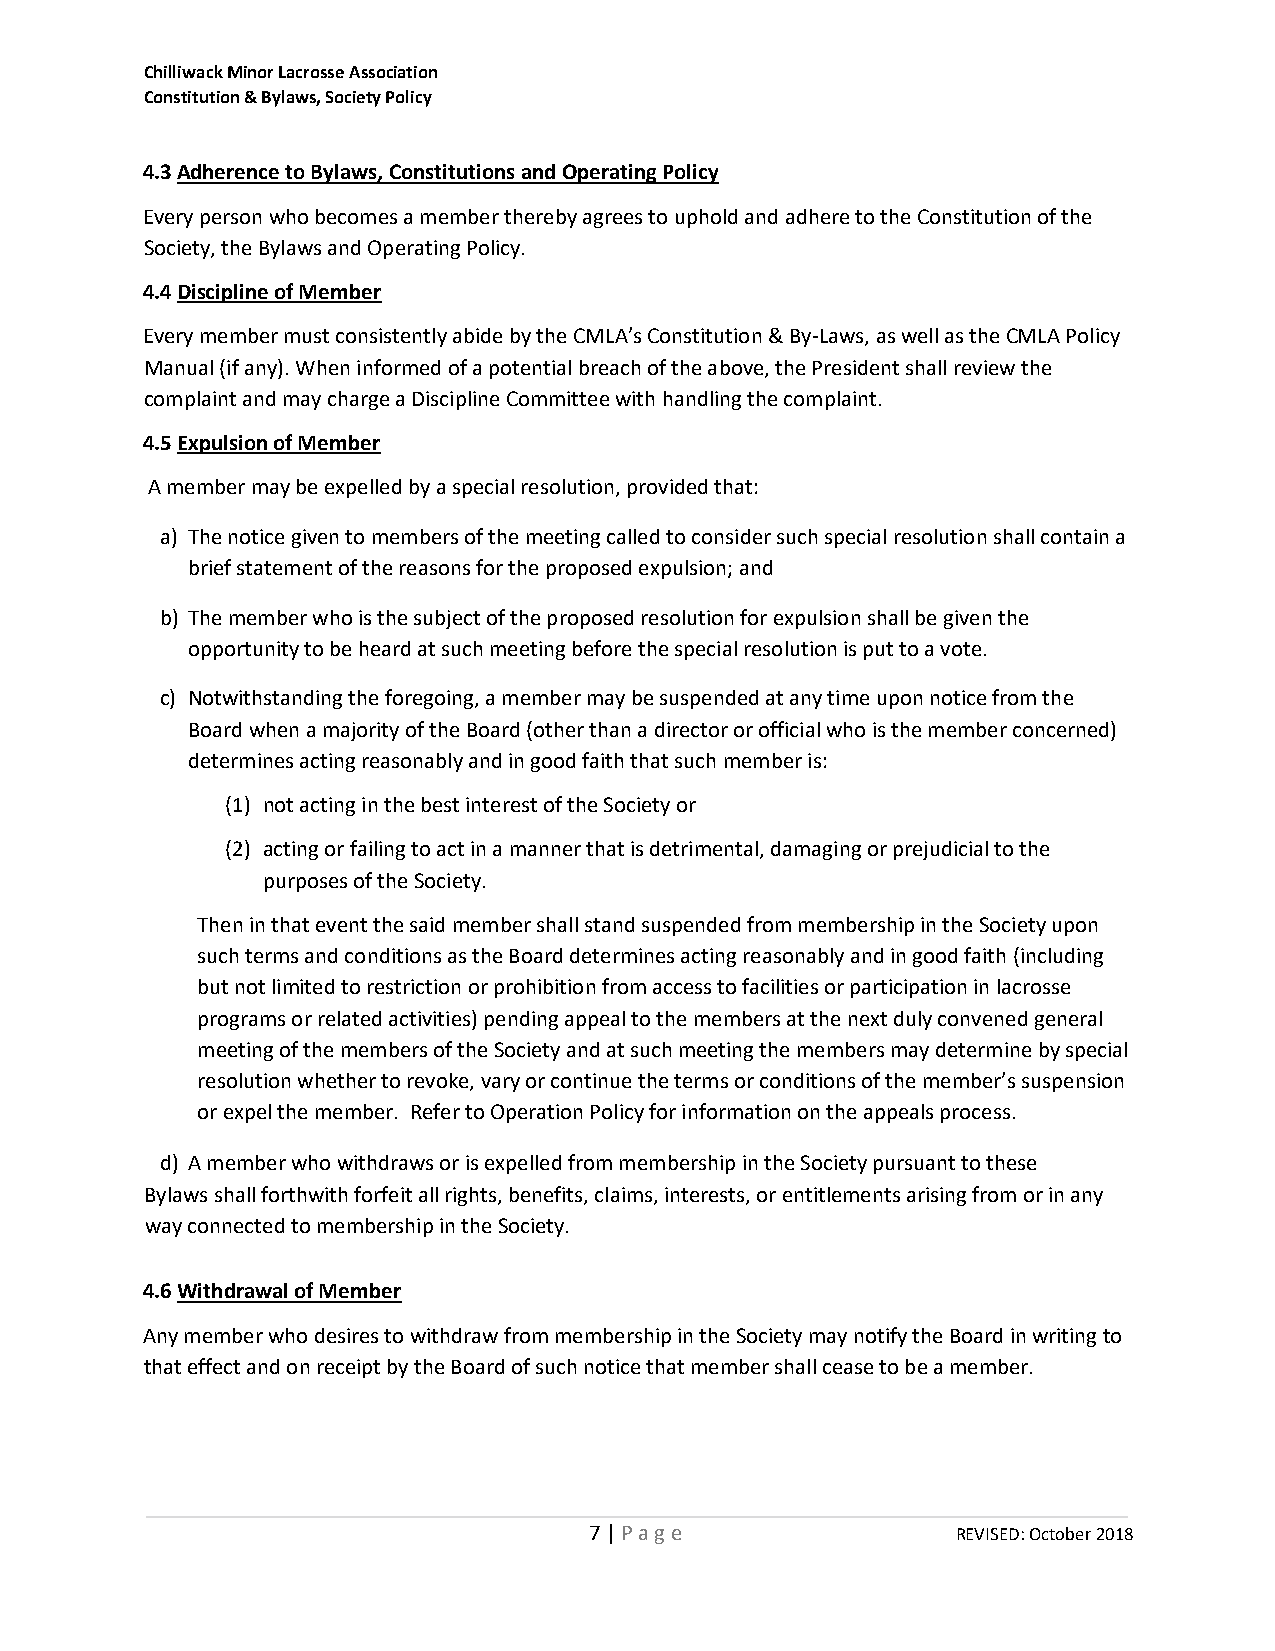
Chilliwack Minor Lacrosse Association
 Constitution & Bylaws, Society Policy
 4.3 Adherence to Bylaws, Constitutions and Operating Policy
 Every person who becomes a member thereby agrees to uphold and adhere to the Constitution of the
 Society, the Bylaws and Operating Policy.
 4.4 Discipline of Member
 Every member must consistently abide by the CMLA’s Constitution & By-Laws, as well as the CMLA Policy
 Manual (if any). When informed of a potential breach of the above, the President shall review the
 complaint and may charge a Discipline Committee with handling the complaint.
 4.5 Expulsion of Member
 A member may be expelled by a special resolution, provided that:
 a) The notice given to members of the meeting called to consider such special resolution shall contain a
 brief statement of the reasons for the proposed expulsion; and
 b) The member who is the subject of the proposed resolution for expulsion shall be given the
 opportunity to be heard at such meeting before the special resolution is put to a vote.
 c) Notwithstanding the foregoing, a member may be suspended at any time upon notice from the
 Board when a majority of the Board (other than a director or official who is the member concerned)
 determines acting reasonably and in good faith that such member is:
 (1) not acting in the best interest of the Society or
 (2) acting or failing to act in a manner that is detrimental, damaging or prejudicial to the
 purposes of the Society.
 Then in that event the said member shall stand suspended from membership in the Society upon
 such terms and conditions as the Board determines acting reasonably and in good faith (including
 but not limited to restriction or prohibition from access to facilities or participation in lacrosse
 programs or related activities) pending appeal to the members at the next duly convened general
 meeting of the members of the Society and at such meeting the members may determine by special
 resolution whether to revoke, vary or continue the terms or conditions of the member’s suspension
 or expel the member. Refer to Operation Policy for information on the appeals process.
 d) A member who withdraws or is expelled from membership in the Society pursuant to these
 Bylaws shall forthwith forfeit all rights, benefits, claims, interests, or entitlements arising from or in any
 way connected to membership in the Society.
 4.6 Withdrawal of Member
 Any member who desires to withdraw from membership in the Society may notify the Board in writing to
 that effect and on receipt by the Board of such notice that member shall cease to be a member.
 7 | P a g e             REVISED: October 2018